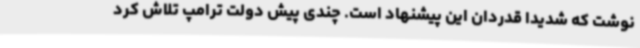
نوشت که شدیدا قدردان این پیشنهاد است. چندی پیش دولت ترامپ تلاش کرد